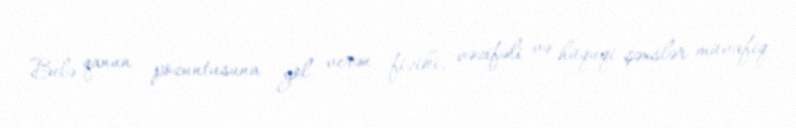
Belə qanun pozuntusuna yol verən fiziki, vəzifəli və hüquqi şəxslər müvafiq